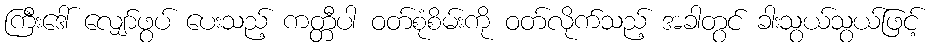
ကြီးဒေါ် လျှော်ဖွပ် ပေးသည့် ကတ္တီပါ ဝတ်စုံစိမ်းကို ဝတ်လိုက်သည့် အခါတွင် ခါးသွယ်သွယ်ဖြင့်